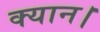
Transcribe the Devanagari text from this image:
क्यान।